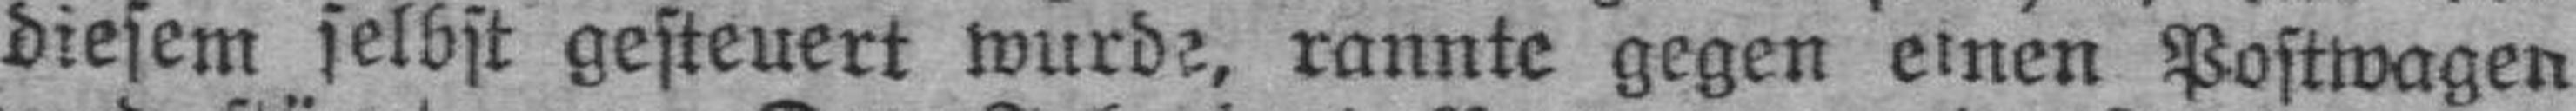
diesem selbst gesteuert wurde, rannte gegen einen Postwagen